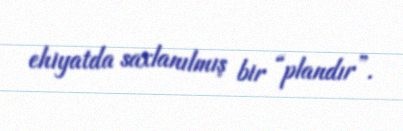
ehiyatda saxlanılmış bir “plandır”.